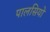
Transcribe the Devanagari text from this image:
पालसियों